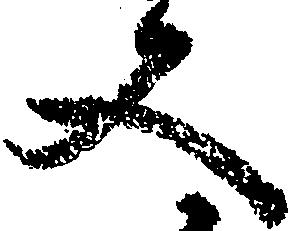
文